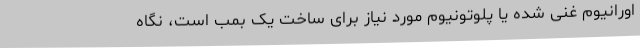
اورانیوم غنی شده یا پلوتونیوم مورد نیاز برای ساخت یک بمب است، نگاه